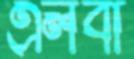
এলবা